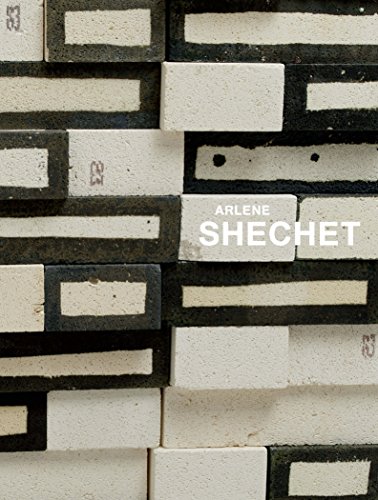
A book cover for Arlene Shechet: All at Once; Jenelle Porter; Arts & Photography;